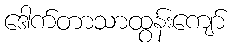
ဒေါက်တာသာထွန်းကျော်